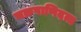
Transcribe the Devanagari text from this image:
चक्रपाणिदत्त